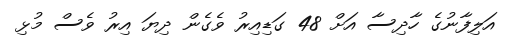
އަލިފާނުގެ ހާދިސާ އަށް 48 ގަޑިއިރު ވެގެން ދިޔަ އިރު ވެސް މުޅި